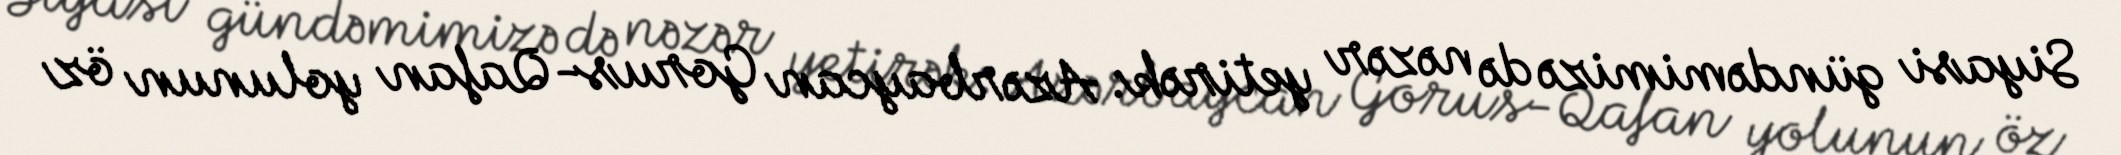
Siyasi gündəmimizə də nəzər yetirək: Azərbaycan Gorus-Qafan yolunun öz